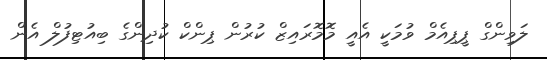
ލަވިންގް ޕީޕިއެމް ވުމަކީ އެއީ މޮމޮރައިޒް ކުރުން ޕިންކް ކުދިންގެ ބިއުޓިފުލް އެން